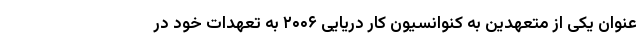
عنوان یکی از متعهدین به کنوانسیون کار دریایی ۲۰۰۶ به تعهدات خود در